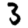
Digit: 3